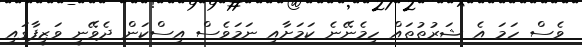
ވެސް ހަމަ އެ ޝަރުތުތައް ހިމެނޭނެ ކަމަށާއި ނަމަވެސް އިސްކަން ދެވޭނީ ވަޒީފާގައި